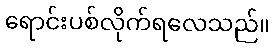
ရောင်းပစ်လိုက်ရလေသည်။